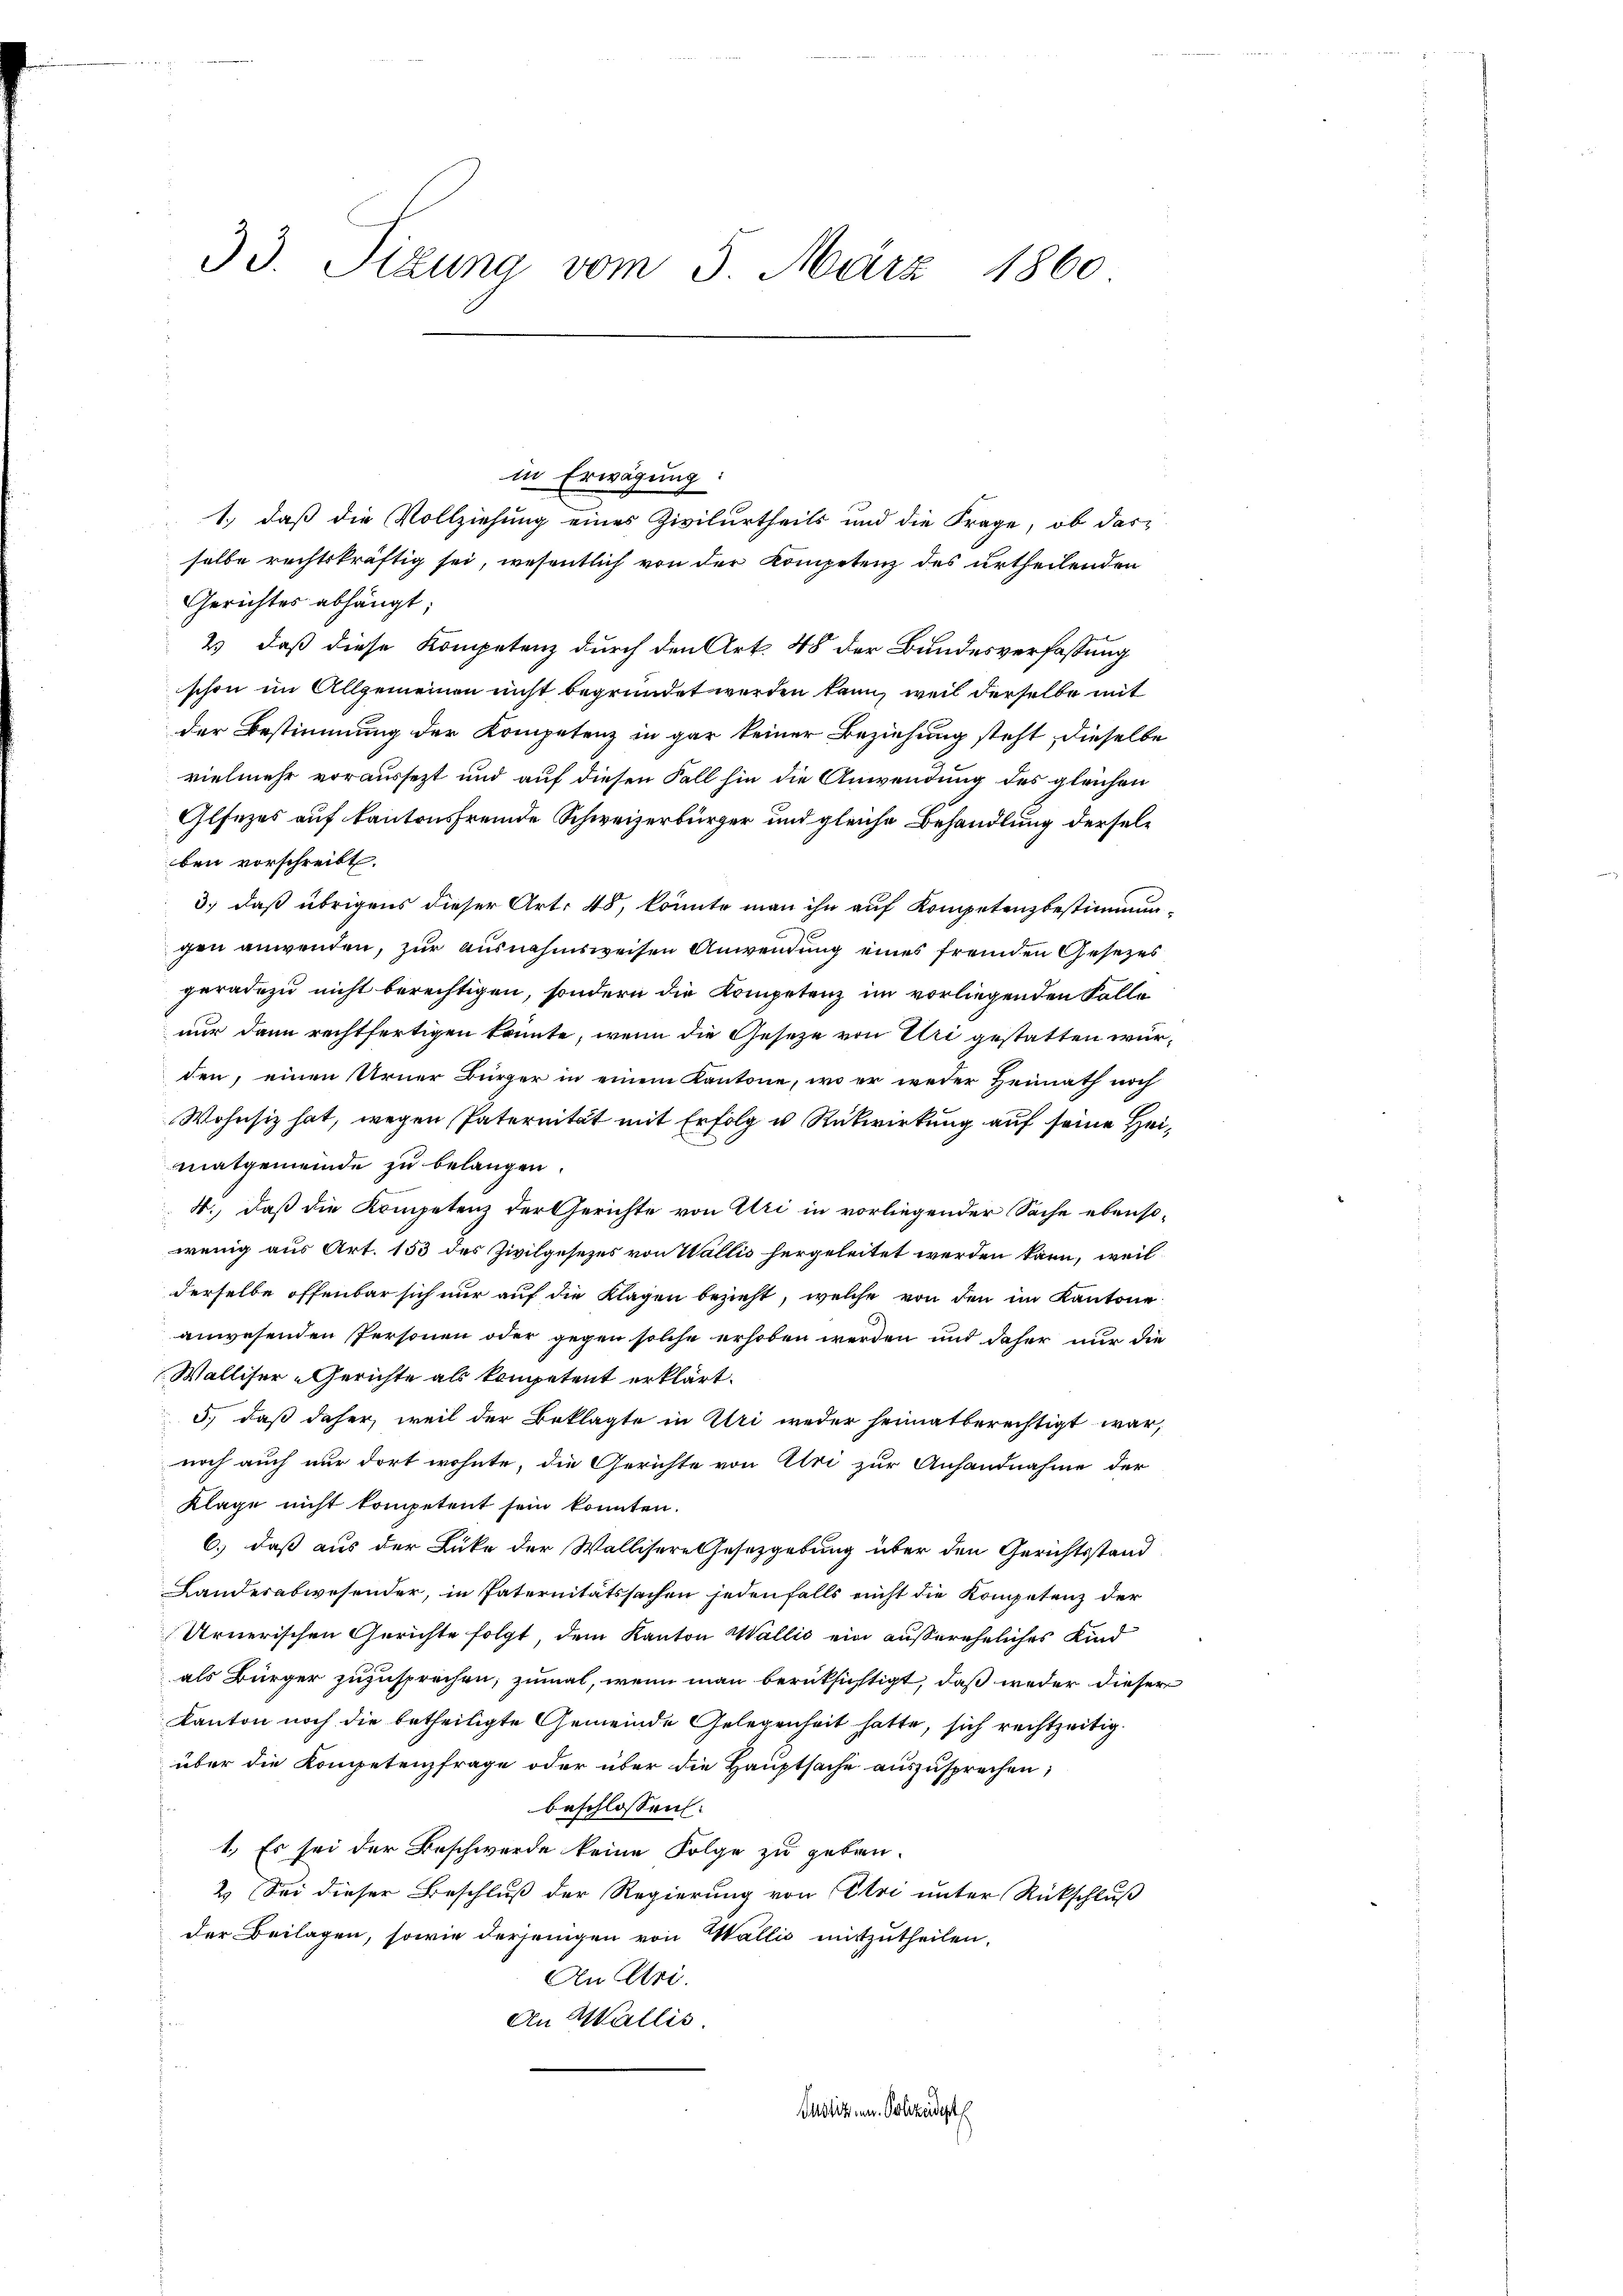
33. Situng vom 3. März 1860

in Erwägung
1.) daß die Vollziehung eines Zivilurtheils und die Frage, ob das
selbe rechtskräftig sei, wesentlich von der Kompetenz des urtheilenden
Gerichtes abhängt;
2 daß diese Kompetenz durch den Art. 48 der Bundesverfassung
schon im Allgemeinen nicht begründet werden kann, weil derselbe mit
der Bestimmung der Kompetenz in gar keiner Beziehung steht dieselbe
vielmehr voraussezt und auf diesen Fall hin die Anwendung des gleichen
Glfezes auf kantonsfremde Schweizerbürger und gleiche Behandlung derselben vorschreibt.
3.) daß übrigens dieser Art. 48, könnte man ihn auf Kompetenzbestimmungen anwenden, zur ausnahmsweisen Anwendung eines fremden Gesezes
geradezu nicht berechtigen, sondern die Kompetenz im vorliegenden Falle
nur dann rechtfertigen könnte, wenn die Geseze von Uri gestatten würden, einen Urner Bürger in einem Kantone, wo er weder Heimath noch
Wohnsiz hat, wegen Paternität mit Erfolg u Rückwirkung auf seine Heimnatgemeinde zu belangen.
4., daß die Kompetenz der Gerichte von Uri in vorliegender Sache ebenso-
wenig aus Art. 153 des Zivilgesezes von Wallis hergeleitet werden kann, weil
derselbe offenbar sich nur auf die Klagen bezieht, welche von den im Kantone
anwesenden Personen oder gegen solche erhoben werden und daher nur die
Walliser-Gerichte als kompetent erklärt.
3., daß daher, weil der Beklagte in Uri weder heimatberechtigt war,
noch auch nur dort wohnte, die Gerichte von Uri zur Anhandnahme der
Klage nicht kompetent sein konnten.
6.) daß aus der Lücke der Wallisere Gesetzgebung über den Gerichtsstand
Landesabwesender, in Paternitätssachen jedenfalls nicht die Kompetenz der
Urnerischen Gerichte folgt, dem Kanton Wallis ein außereheliches Kind
als Bürger zuzusprechen, zumal, wenn man berüksichtigt, daß weder dieser
Kanton noch die betheiligte Gemeinde Gelegenheit hatte, sich rechtzeitig.
über die Kompetenzfrage oder über die Hauptsache auszusprechen;
beschlossen:
1. Es sei der Beschwerde keine Folge zu geben-
2. Sei dieser Beschluß der Regierung von Etri unter Rückschluß
der Beilagen, sowie derjenigen von Wallis mitzutheilen.
An Uri.
An Wallis.
Justituen Polizeidigt